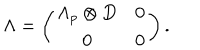
\Lambda = \left( \begin{array} { c c } { { \Lambda _ { p } \otimes D } } & { { 0 } } \\ { { 0 } } & { { 0 } } \\ \end{array} \right) .